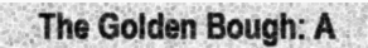
The Golden Bough: A